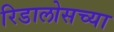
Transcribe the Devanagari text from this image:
रिडालोसच्या